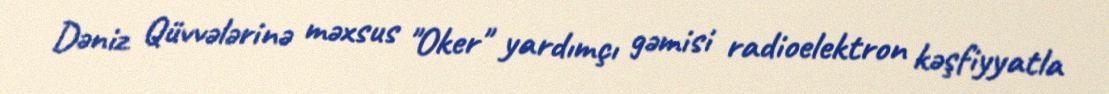
Dəniz Qüvvələrinə məxsus "Oker" yardımçı gəmisi radioelektron kəşfiyyatla